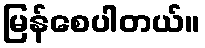
မြန်စေပါတယ်။